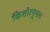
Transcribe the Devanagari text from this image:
किशोरयुगल